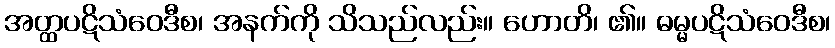
အတ္ထပဋိသံဝေဒီစ၊ အနက်ကို သိသည်လည်း။ ဟောတိ၊ ၏။ ဓမ္မပဋိသံဝေဒီစ၊